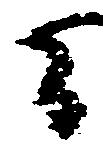
間